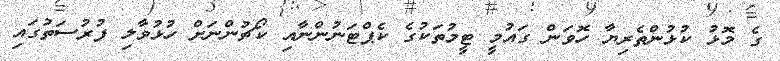
ގެ މޮޅު ކުޅުންތެރިޔާ ހޮވަން ގައުމީ ޓީމުތަކުގެ ކެޕްޓަނުންނާއި ކޯޗުންނަށް ހުޅުވާލި ފުރުސަތުގައި